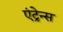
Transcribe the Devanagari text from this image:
एंट्रेन्स